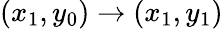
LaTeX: (x_{1},y_{0})\rightarrow(x_{1},y_{1})